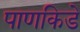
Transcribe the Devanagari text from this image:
पाणकिडे